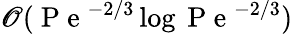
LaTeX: \mathscr{O}(\mathrm{{~P~e~}}^{-2/3}\log\mathrm{{~P~e~}}^{-2/3})